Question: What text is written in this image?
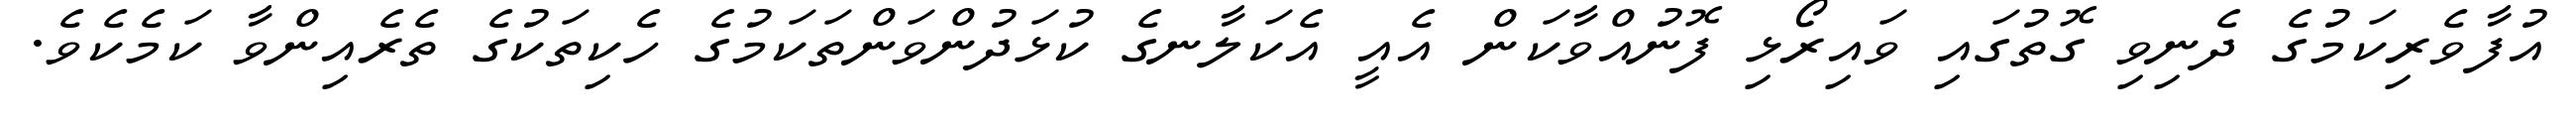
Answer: އުފާވެރިކަމުގެ ދެނިވި ގޮތުގައި ވައިރޯޅި ފޮނުއްވާކަން އެއީ އެކަލާނގެ ކުޅަދުންވަންތަކަމުގެ ހެކިތަކުގެ ތެރެއިންވާ ކަމެކެވެ.